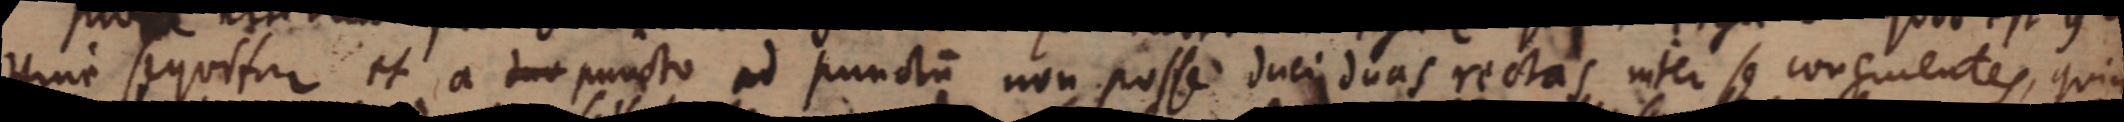
Hinc sequitur et a duo puncto ad punctum non posse duci duas rectas inter se congruentes, quia